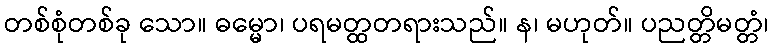
တစ်စုံတစ်ခု သော။ ဓမ္မော၊ ပရမတ္ထတရားသည်။ န၊ မဟုတ်။ ပညတ္တိမတ္တံ၊